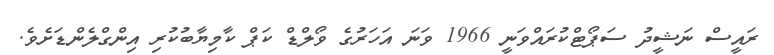
ރައީސް ނަޝީދު ސަޕޯޓްކުރައްވަނީ 1966 ވަނަ އަހަރުގެ ވޯލްޑް ކަޕް ކާމިޔާބުކުރި އިންގްލެންޑަށެވެ.